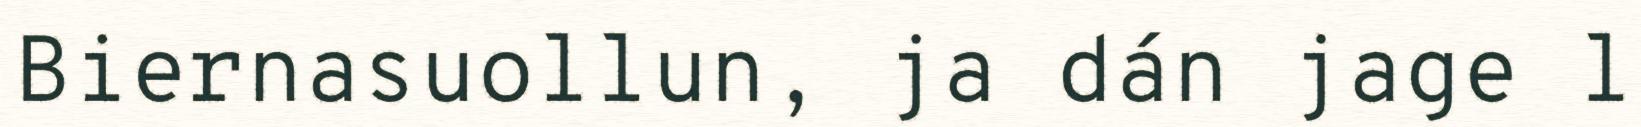
Biernasuollun, ja dán jage l